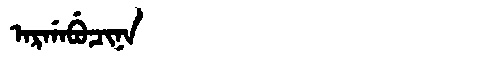
Manchu: ᠠᡵᡤᠠᠪᡠᠴᡳᠨᠠ
Romanization: ARGABUCINA